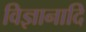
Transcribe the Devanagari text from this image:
विज्ञानादि